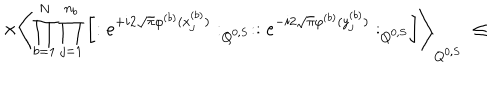
LaTeX: \times \left\langle \prod _ { b = 1 } ^ { N } \prod _ { j = 1 } ^ { n _ { b } } \left[ : e ^ { + i 2 \sqrt { \pi } \varphi ^ { ( b ) } ( x _ { j } ^ { ( b ) } ) } : _ { Q ^ { 0 , S } } : : e ^ { - i 2 \sqrt { \pi } \varphi ^ { ( b ) } ( y _ { j } ^ { ( b ) } ) } : _ { Q ^ { 0 , S } } \right] \right\rangle _ { Q ^ { 0 , S } } \; \leq